Annual administration report of the Civil Veterinary Department of India - 1896-1897
Year: 1896
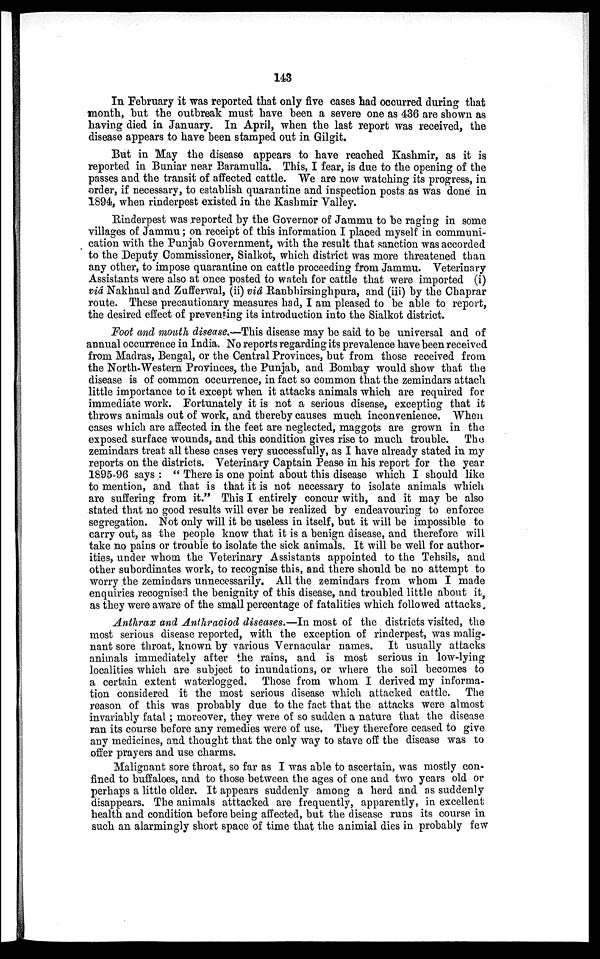
143
In February it was reported that only five cases had occurred during that
month, but the outbreak must have been a severe one as 436 are shown as
having died in January. In April, when the last report was received, the
disease appears to have been stamped out in Gilgit.
But in May the disease appears to have reached Kashmir, as it is
reported in Buniar near Baramulla. This, I fear, is due to the opening of the
passes and the transit of affected cattle. We are now watching its progress, in
order, if necessary, to establish quarantine and inspection posts as was done in
1894, when rinderpest existed in the Kashmir Valley.
Rinderpest was reported by the Governor of Jammu to be raging in some
villages of Jammu; on receipt of this information I placed myself in communi-
cation with the Punjab Government, with the result that sanction was accorded
to the Deputy Commissioner, Sialkot, which district was more threatened than
any other, to impose quarantine on cattle proceeding from Jammu. Veterinary
Assistants were also at once posted to watch for cattle that were imported (i)
via Nakhaul and Zufferwal, (ii) viâ Ranbhirsinghpura, and (iii) by the Chaprar
route. These precautionary measures had, I am pleased to be able to report,
the desired effect of preventing its introduction into the Sialkot district.
Foot and mouth disease.—This disease may be said to be universal and of
annual occurrence in India. No reports regarding its prevalence have been received
from Madras, Bengal, or the Central Provinces, but from those received from
the North-Western Provinces, the Punjab, and Bombay would show that the
disease is of common occurrence, in fact so common that the zemindars attach
little importance to it except when it attacks animals which are required for
immediate work. Fortunately it is not a serious disease, excepting that it
throws animals out of work, and thereby causes much inconvenience. When
cases which are affected in the feet are neglected, maggots are grown in the
exposed surface wounds, and this condition gives rise to much trouble. The
zemindars treat all these cases very successfully, as I have already stated in my
reports on the districts. Veterinary Captain Pease in his report for the year
1895-96 says : " There is one point about this disease which I should like
to mention, and that is that it is not necessary to isolate animals which
are suffering from it." This I entirely concur with, and it may be also
stated that no good results will ever be realized by endeavouring to enforce
segregation. Not only will it be useless in itself, but, it will be impossible to
carry out, as the people know that it is a benign disease, and therefore will
take no pains or trouble to isolate the sick animals. It will be well for author-
ities, under whom the Veterinary Assistants appointed to the Tehsils, and
other subordinates work, to recognise this, and there should be no attempt to
worry the zemindars unnecessarily. All the zemindars from whom I made
enquiries recognised the benignity of this disease, and troubled little about it,
as they were aware of the small percentage of fatalities which followed attacks.
Anthrax and Anthraciod diseases.—In most of the districts visited, the
most serious disease reported, with the exception of rinderpest, was malig-
nant sore throat, known by various Vernacular names. It usually attacks
animals immediately after the rains, and is most serious in low-lying
localities which are subject to inundations, or where the soil becomes to
a certain extent waterlogged. Those from whom I derived my informa-
tion considered it the most serious disease which attacked cattle. The
reason of this was probably due to the fact that the attacks were almost
invariably fatal; moreover, they were of so sudden a nature that the disease
ran its course before any remedies were of use. They therefore ceased to give
any medicines, and thought that the only way to stave off the disease was to
offer prayers and use charms.
Malignant sore throat, so far as I was able to ascertain, was mostly con-
fined to buffaloes, and to those between the ages of one and two years old or
perhaps a little older. It appears suddenly among a herd and as suddenly
disappears. The animals atttacked are frequently, apparently, in excellent
health and condition before being affected, but the disease runs its course in
such an alarmingly short space of time that the animial dies in probably few